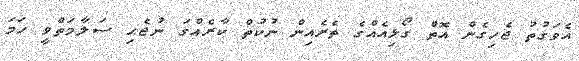
އެވަގުތު ޖެހިގެން އޮތް ގޯޅިއެއްގެ ތެރެއިން ނުކުތް ކާރެއްގަ ނުޖެހި ސަލާމަތްވީ ހަމަ